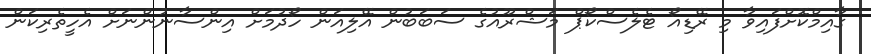
ގާއިމްކޮށްފައިވާ މި ރޭޑިއޯ ޓެލެސްކޯޕް މަޝްރޫއުގެ ސަބަބުން އޭލިއަން ހޯދުމަށް އިންސާނުންނަށް އެހީތެރިކަން